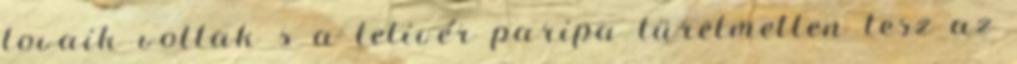
lovaik voltak s a telivér paripa türelmetlen lesz az